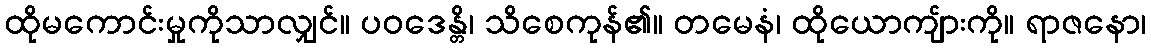
ထိုမကောင်းမှုကိုသာလျှင်။ ပဝဒေန္တိ၊ သိစေကုန်၏။ တမေနံ၊ ထိုယောကျ်ားကို။ ရာဇနော၊